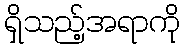
ရှိသည့်အရာကို